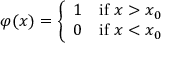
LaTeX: \varphi ( x ) = { \left\{ \begin{array} { l l } { 1 } & { { \mathrm { i f ~ } } x > x _ { 0 } } \\ { 0 } & { { \mathrm { i f ~ } } x < x _ { 0 } } \end{array} \right. }